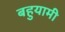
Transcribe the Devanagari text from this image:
बहुयामी